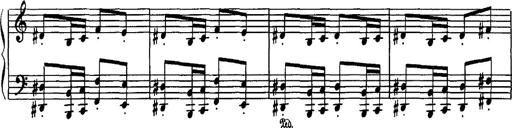
Title: Hungarian Rhapsody No.16
Composer: Franz Liszt
Key: A minor